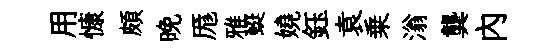
用慷頗晩厖雅蜓嬈鈺袁乗滃龔內